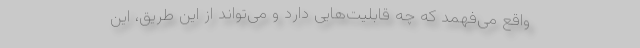
واقع می‌‌فهمد که چه قابلیت‌هایی دارد و می‌‌تواند از این طریق، این